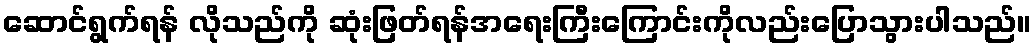
ဆောင်ရွက်ရန် လိုသည်ကို ဆုံးဖြတ်ရန်အရေးကြီးကြောင်းကိုလည်းပြောသွားပါသည်။